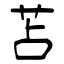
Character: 苫